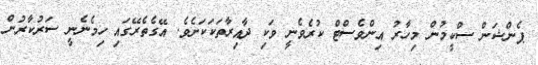
ޕެންޝަން ސްކީމުން މިހާރު އިންވެސްޓް ކުރެވެނީ ވަކި ދާއިރާތަކަކަށެވެ. އޭގެތެރޭގައި ހިމެނެނީ ސަރުކާރުން